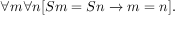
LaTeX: \forall m \forall n [ S m = S n \rightarrow m = n ] .